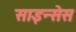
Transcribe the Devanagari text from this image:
साइन्सेस